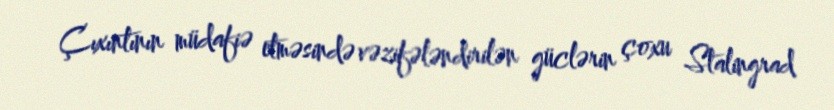
Çıxıntının müdafiə etməsində vəzifələndirilən güclərin çoxu Stalingrad